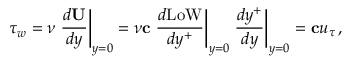
{ \boldsymbol \tau _ { w } } = \nu \left. \frac { d { \bf U } } { d y } \right| _ { y = 0 } = \nu { \bf c } \left. \frac { d \mathrm { L o W } } { d y ^ { + } } \right| _ { y = 0 } \left. \frac { d y ^ { + } } { d y } \right| _ { y = 0 } = { \bf c } u _ { \tau } \, ,